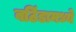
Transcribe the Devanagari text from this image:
बठिंडामध्ये